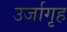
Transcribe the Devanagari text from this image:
उर्जागृह